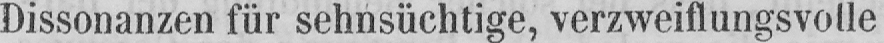
Dissonanzen für sehnsüchtige, verzweiflungsvolle